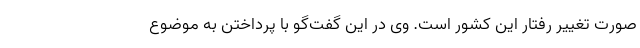
صورت تغییر رفتار این کشور است. وی در این گفت‌گو با پرداختن به موضوع